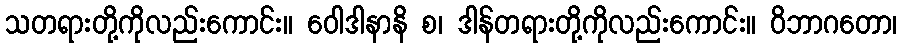
သတရားတို့ကိုလည်းကောင်း။ ဝေါဒါနာနိ စ၊ ဒါန်တရားတို့ကိုလည်းကောင်း။ ဝိဘာဂတော၊